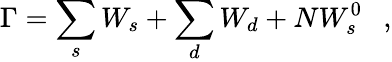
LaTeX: \Gamma=\sum_{s}W_{s}+\sum_{d}W_{d}+NW_{s}^{0}~~~,